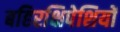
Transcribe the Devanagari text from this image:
बहिरक्षिपेशियों